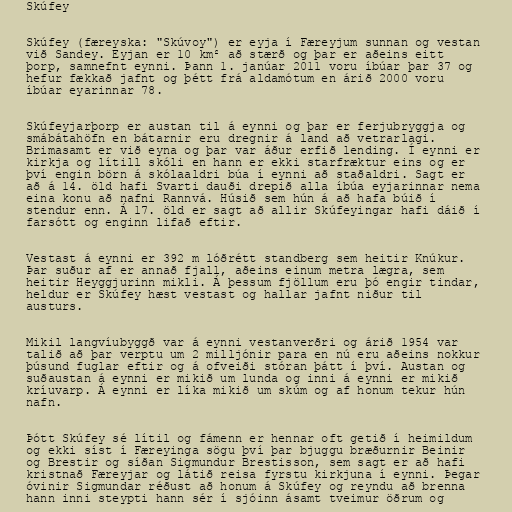
Skúfey

Skúfey (færeyska: "Skúvoy") er eyja í Færeyjum sunnan og vestan
við Sandey. Eyjan er 10 km² að stærð og þar er aðeins eitt
þorp, samnefnt eynni. Þann 1. janúar 2011 voru íbúar þar 37 og
hefur fækkað jafnt og þétt frá aldamótum en árið 2000 voru
íbúar eyarinnar 78.

Skúfeyjarþorp er austan til á eynni og þar er ferjubryggja og
smábátahöfn en bátarnir eru dregnir á land að vetrarlagi.
Brimasamt er við eyna og þar var áður erfið lending. Í eynni er
kirkja og lítill skóli en hann er ekki starfræktur eins og er
því engin börn á skólaaldri búa í eynni að staðaldri. Sagt er
að á 14. öld hafi Svarti dauði drepið alla íbúa eyjarinnar nema
eina konu að nafni Rannvá. Húsið sem hún á að hafa búið í
stendur enn. Á 17. öld er sagt að allir Skúfeyingar hafi dáið í
farsótt og enginn lifað eftir.

Vestast á eynni er 392 m lóðrétt standberg sem heitir Knúkur.
Þar suður af er annað fjall, aðeins einum metra lægra, sem
heitir Heyggjurinn mikli. Á þessum fjöllum eru þó engir tindar,
heldur er Skúfey hæst vestast og hallar jafnt niður til
austurs.

Mikil langvíubyggð var á eynni vestanverðri og árið 1954 var
talið að þar verptu um 2 milljónir para en nú eru aðeins nokkur
þúsund fuglar eftir og á ofveiði stóran þátt í því. Austan og
suðaustan á eynni er mikið um lunda og inni á eynni er mikið
kríuvarp. Á eynni er líka mikið um skúm og af honum tekur hún
nafn.

Þótt Skúfey sé lítil og fámenn er hennar oft getið í heimildum
og ekki síst í Færeyinga sögu því þar bjuggu bræðurnir Beinir
og Brestir og síðan Sigmundur Brestisson, sem sagt er að hafi
kristnað Færeyjar og látið reisa fyrstu kirkjuna í eynni. Þegar
óvinir Sigmundar réðust að honum á Skúfey og reyndu að brenna
hann inni steypti hann sér í sjóinn ásamt tveimur öðrum og